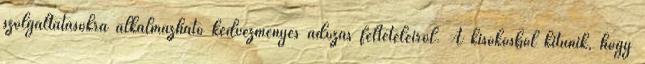
szolgáltatásokra alkalmazható kedvezményes adózás feltételeiről. A kisokosból kitűnik, hogy